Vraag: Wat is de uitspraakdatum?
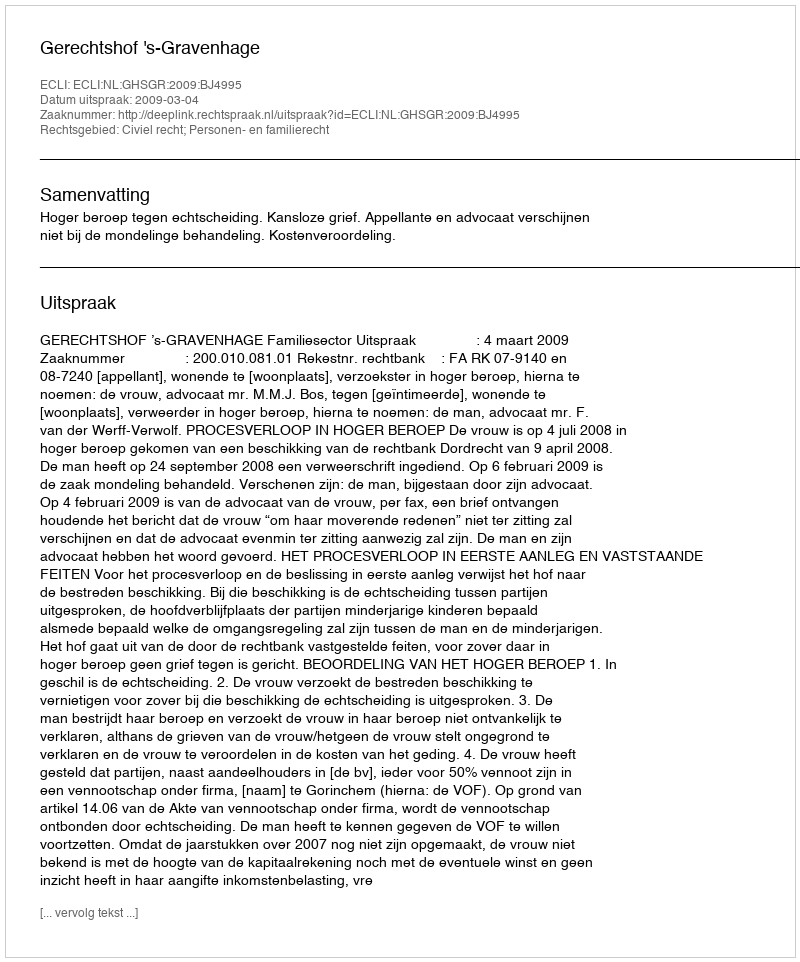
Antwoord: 2009-03-04